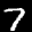
Label: 7